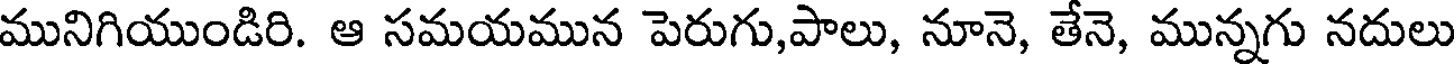
మునిగియుండిరి. ఆ సమయమున పెరుగు,పాలు, నూనె, తేనె, మున్నగు నదులు